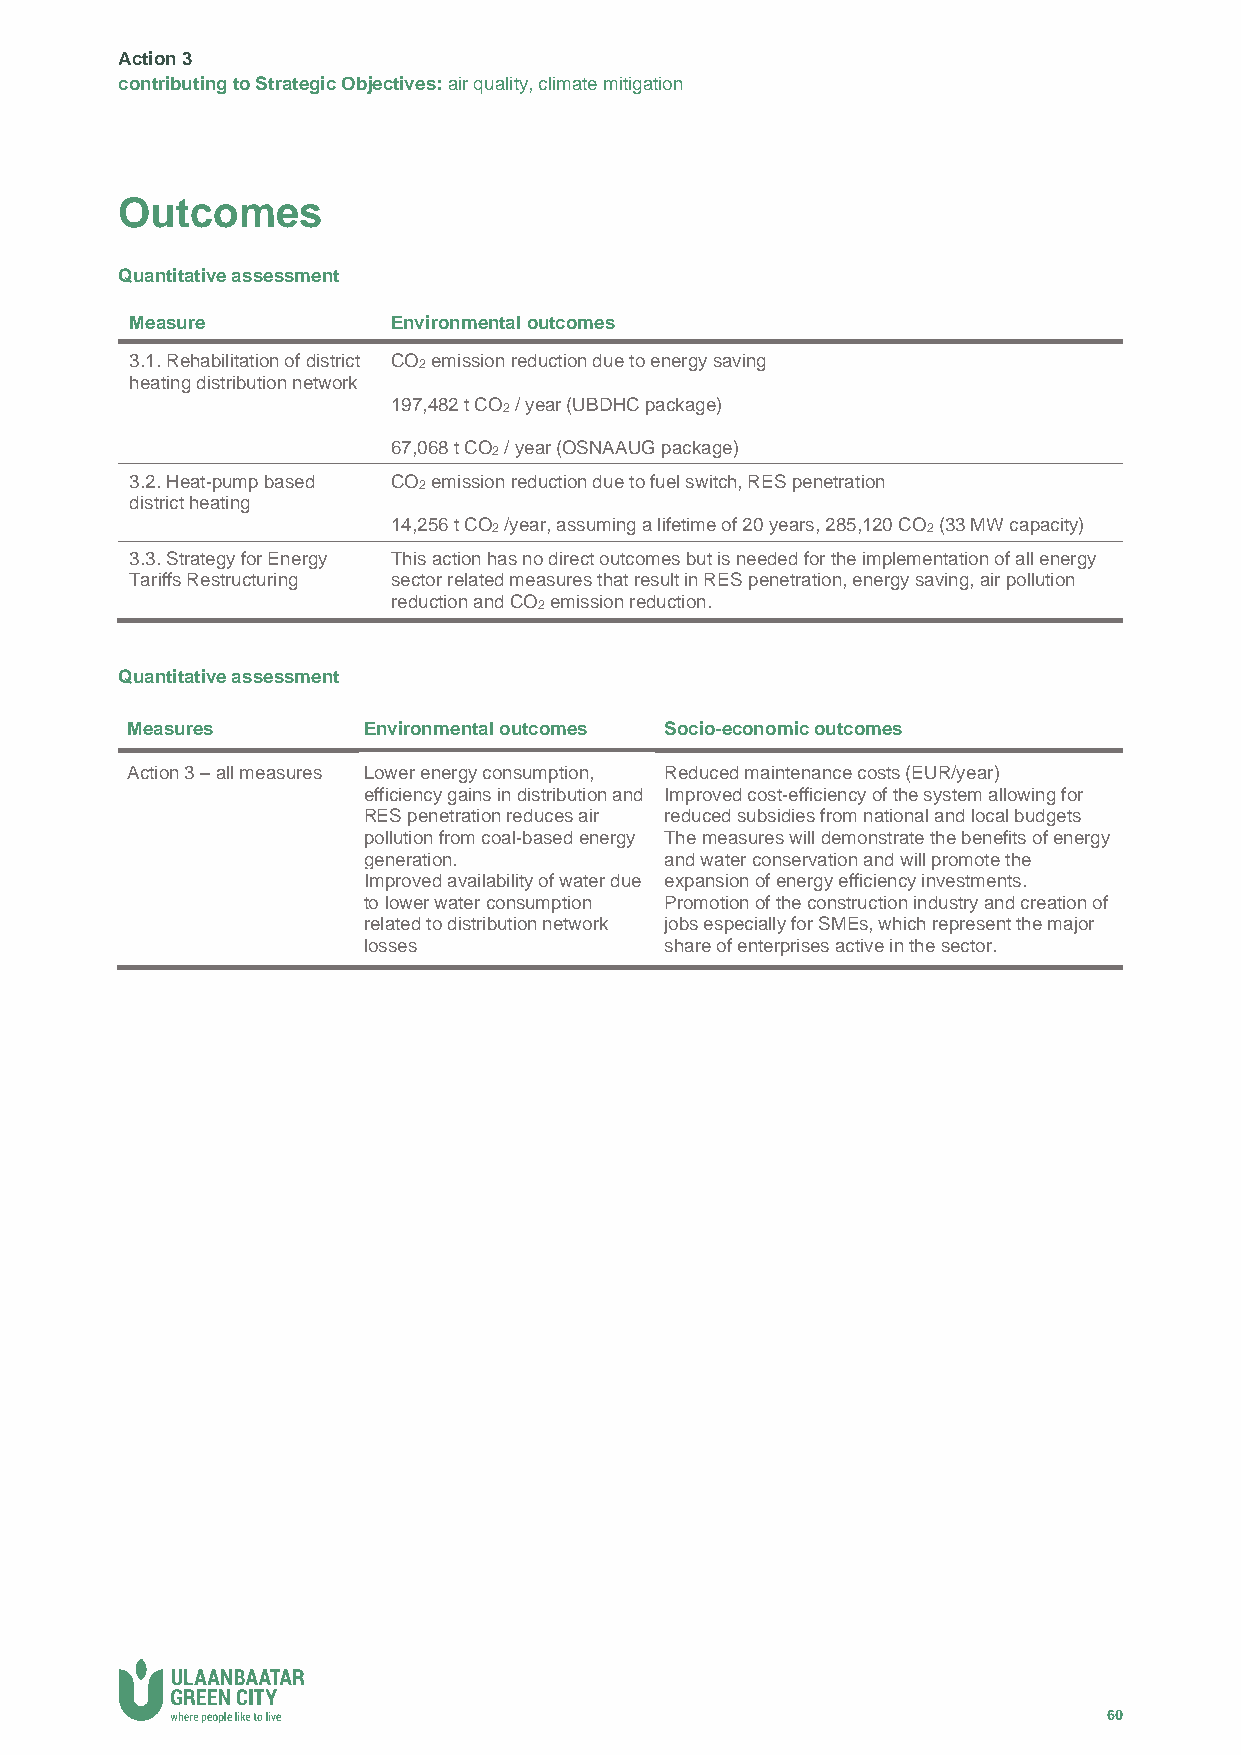
Action 3
 contributing to Strategic Objectives: air quality, climate mitigation
 Outcomes
 Quantitative assessment
 Measure          Environmental outcomes
 3.1. Rehabilitation of district CO2 emission reduction due to energy saving
 heating distribution network
 197,482 t CO2 / year (UBDHC package)
 67,068 t CO2 / year (OSNAAUG package)
 3.2. Heat-pump based CO2 emission reduction due to fuel switch, RES penetration
 district heating
 14,256 t CO2 /year, assuming a lifetime of 20 years, 285,120 CO2 (33 MW capacity)
 3.3. Strategy for Energy This action has no direct outcomes but is needed for the implementation of all energy
 Tariffs Restructuring sector related measures that result in RES penetration, energy saving, air pollution
 reduction and CO2 emission reduction.
 Quantitative assessment
 Measures        Environmental outcomes Socio-economic outcomes
 Action 3 – all measures Lower energy consumption, Reduced maintenance costs (EUR/year)
 efficiency gains in distribution and Improved cost-efficiency of the system allowing for
 RES penetration reduces air reduced subsidies from national and local budgets
 pollution from coal-based energy The measures will demonstrate the benefits of energy
 generation.         and water conservation and will promote the
 Improved availability of water due expansion of energy efficiency investments.
 to lower water consumption Promotion of the construction industry and creation of
 related to distribution network jobs especially for SMEs, which represent the major
 losses              share of enterprises active in the sector.
 60